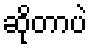
ဆိုတာပဲ